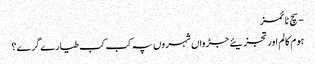
- سچ ٹائمز
ہوم کالم اور تجزیئے جڑواں شہروں پہ کب کب طیارے گرے؟